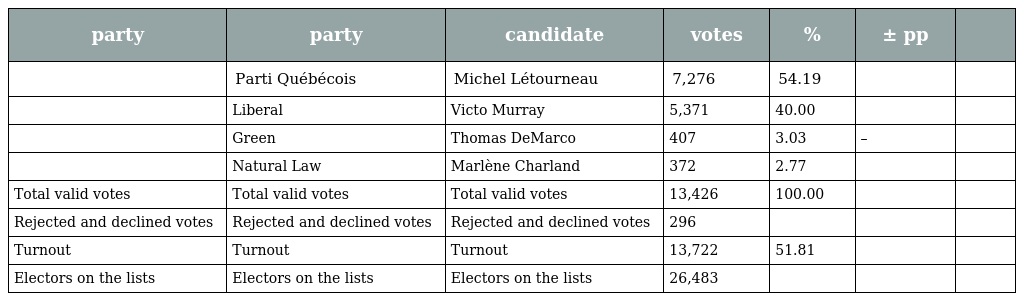
| party | party | candidate | votes | % | ± pp |  |
 | --- | --- | --- | --- | --- | --- | --- |
 |  | Parti Québécois | Michel Létourneau | 7,276 | 54.19 |  |  |
 |  | Liberal | Victo Murray | 5,371 | 40.00 |  |  |
 |  | Green | Thomas DeMarco | 407 | 3.03 | – |  |
 |  | Natural Law | Marlène Charland | 372 | 2.77 |  |  |
 | Total valid votes | Total valid votes | Total valid votes | 13,426 | 100.00 |  |  |
 | Rejected and declined votes | Rejected and declined votes | Rejected and declined votes | 296 |  |  |  |
 | Turnout | Turnout | Turnout | 13,722 | 51.81 |  |  |
 | Electors on the lists | Electors on the lists | Electors on the lists | 26,483 |  |  |  |